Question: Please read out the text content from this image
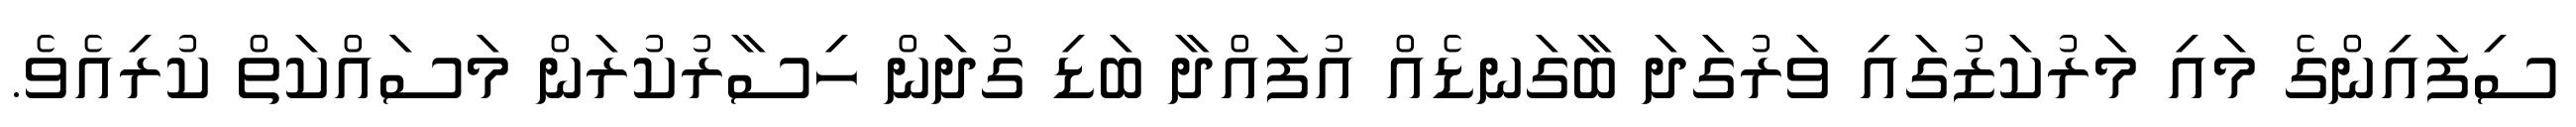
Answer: ސިފައިންގެ މައި މަރުކަޒުގައި ވަރުގަދަ ބާގަނޑެއް އުފައްދާ ބަޑި ގުދަން ހިސާރުކުރަން މަސައްކަތް ކުރިއެވެ.